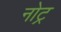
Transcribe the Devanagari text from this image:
नोट्र